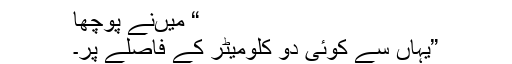
“ میںنے پوچھا
”یہاں سے کوئی دو کلومیٹر کے فاصلے پر۔